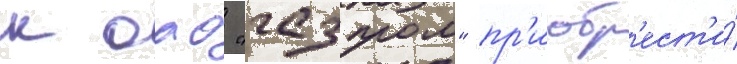
к оао "газпром" пр'иобр'ест'и́